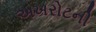
અખરોટની